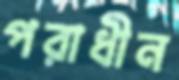
পরাধীন